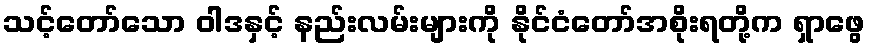
သင့်တော်သော ဝါဒနှင့် နည်းလမ်းများကို နိုင်ငံတော်အစိုးရတို့က ရှာဖွေ